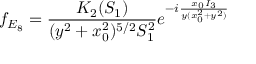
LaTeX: f _ { E _ { 8 } } = \frac { K _ { 2 } ( S _ { 1 } ) } { ( y ^ { 2 } + x _ { 0 } ^ { 2 } ) ^ { 5 / 2 } S _ { 1 } ^ { 2 } } e ^ { - i \frac { x _ { 0 } I _ { 3 } } { y ( x _ { 0 } ^ { 2 } + y ^ { 2 } ) } }